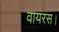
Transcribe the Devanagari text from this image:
वायरस।